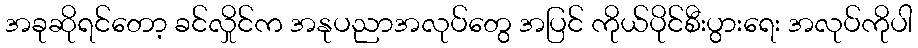
အခုဆိုရင်တော့ ခင်လှိုင်က အနုပညာအလုပ်တွေ အပြင် ကိုယ်ပိုင်စီးပွားရေး အလုပ်ကိုပါ